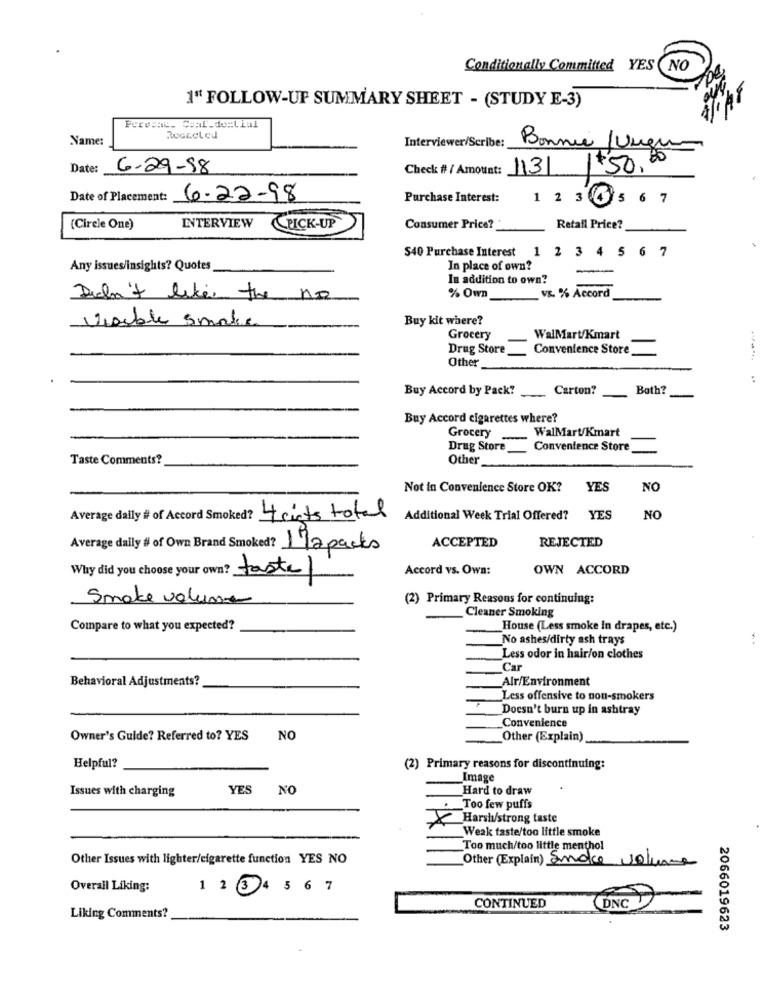
Conditionally Committed YES NO
1" FOLLOW-UP SUMMARY SHEET - (STUDY E-3)
Name:
Rocceled
Interviewer/Scribe:
Bonnie /Vurgu
Date:
6-29-98
Check #/ Amount: 113
$50,00
Date of Placement: 6-22-98
Purchase Interest:
1 2 34 5 67
INTERVIEW
(Circle One)
PICK-UP
Consumer Price?
Retail Price?
S40 Purchase Interest 1 2 3 4 5 6 7
Any issues/insights? Quotes
In place of own?
In addition to own?
Didn't like the no
% Own
vs. % Accord
Visible Smaker
Buy kit where?
Grocery
WalMart/Kmart
Drug Store
Convenience Store
Other
:
Buy Accord by Pack?
Carton?
Both?
Buy Accord cigarettes where?
WalMart/Kmart
Grocery
Drug Store
Convenience Store
Taste Comments?
Other
Not in Convenience Store OK?
YES
NO
Average daily # of Accord Smoked? 4 cicts total
Additional Week Trial Offered?
YES
NO
REJECTED
Average daily # of Own Brand Smoked? 1 Tapacks
ACCEPTED
Why did you choose your own? taste/
Accord vs. Own:
OWN ACCORD
Smake volume
(2) Primary Reasons for continuing:
Cleaner Smoking
Compare to what you expected?
House (Less smoke in drapes, etc.)
No ashes/dirty ash trays
Less odor in hair/on clothes
Car
Behavioral Adjustments?
Alr/Environment
Less offensive to non-smokers
Doesn't burn up in ashtray
Convenience
Owner's Guide? Referred to? YES
NO
Other (Explain)
Helpful?
(2) Primary reasons for discontinuing:
Image
Issues with charging
YES
NO
Hard to draw
Too few puffs
Harsh/strong taste
Weak taste/too little smoke
Too much/too little menthol
Other Issues with lighter/cigarette function YES NO
Other (Explain) Snakke Volume
Overall Liking:
1 2 3 4 5 6 7
DNC
CONTINUED
Liking Comments?
2066019623